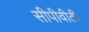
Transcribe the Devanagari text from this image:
सीपीवीटी